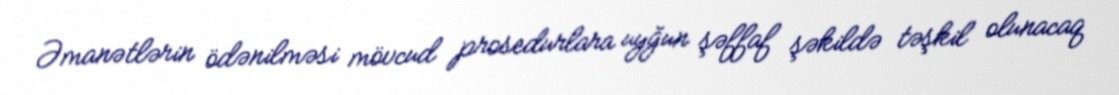
Əmanətlərin ödənilməsi mövcud prosedurlara uyğun şəffaf şəkildə təşkil olunacaq